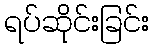
ရပ်ဆိုင်းခြင်း